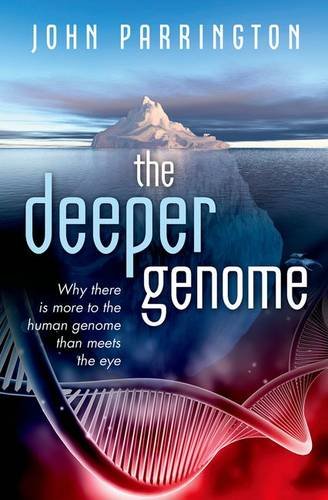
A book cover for The Deeper Genome: Why there is more to the human genome than meets the eye; John Parrington; Computers & Technology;